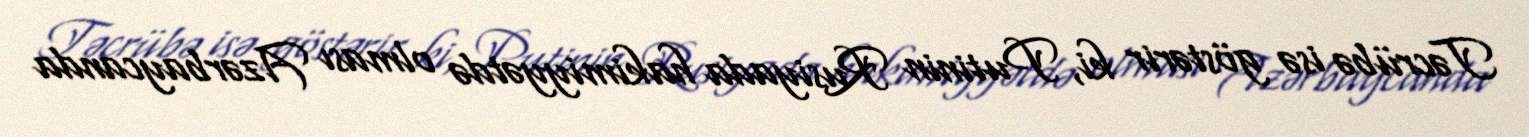
Təcrübə isə göstərir ki, Putinin Rusiyada hakimiyyətdə olması Azərbaycanda